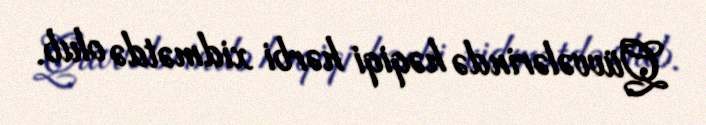
Qüvvələrində həqiqi hərbi xidmətdə olub.